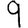
Digit: 9